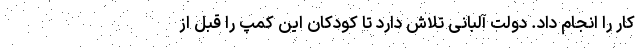
کار را انجام داد. دولت آلبانی تلاش دارد تا کودکان این کمپ را قبل از